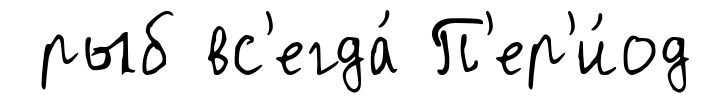
рыб вс'егда́ П'ер'и́од